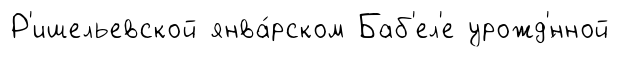
Р'ишельевской янва́рском Баб'ел'е урожд'́нной